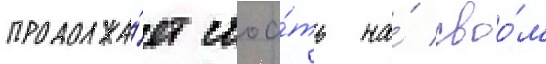
продолжа́ет стоа́ть на́ своо́м